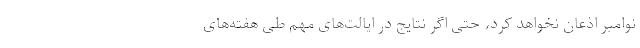
نوامبر اذعان نخواهد کرد، حتی اگر نتایج در ایالت‌های مهم طی هفته‌های